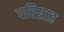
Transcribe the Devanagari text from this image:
परिग्राह